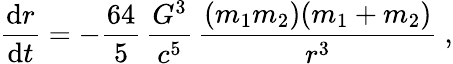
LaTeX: {\frac{\mathrm{d}r}{\mathrm{d}t}}=-{\frac{64}{5}}\, {\frac{G^{3}}{c^{5}}}\, {\frac{(m_{1}m_{2})(m_{1}+m_{2})}{r^{3}}}\ ,